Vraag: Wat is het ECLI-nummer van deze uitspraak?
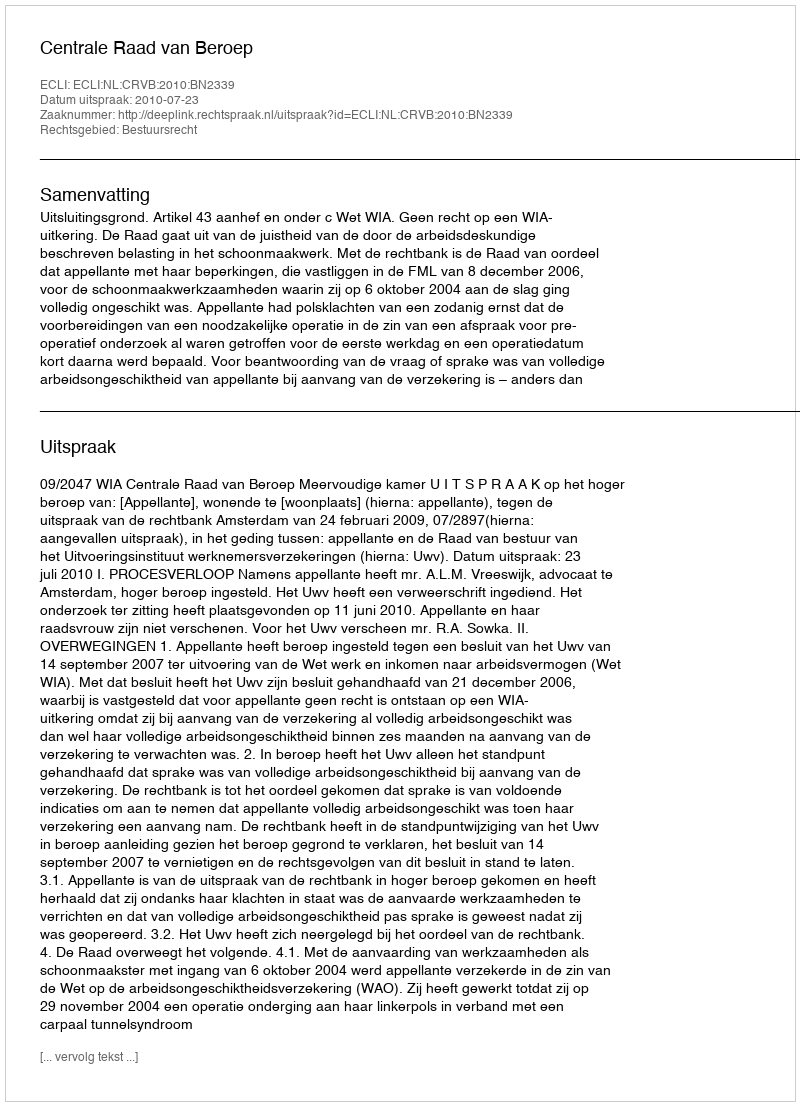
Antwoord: ECLI:NL:CRVB:2010:BN2339